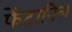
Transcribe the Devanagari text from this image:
फेंटानिल